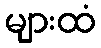
များထံ